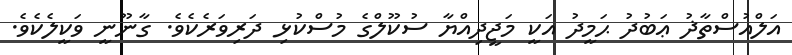
އަލްއުސްތާޛު ޢަބުދު ޙަމީދު އަކީ މަޖީދިއްޔާ ސުކޫލްގެ މުސްކުޅި ދަރިވަރެކެވެ. ގާނޫނީ ވަކީލެކެވެ.